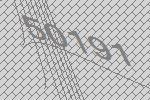
50191